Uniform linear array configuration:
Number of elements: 8
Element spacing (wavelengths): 0.5
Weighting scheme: cosine
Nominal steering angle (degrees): -45
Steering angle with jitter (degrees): -44.21
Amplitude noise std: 0.05
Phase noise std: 0.05

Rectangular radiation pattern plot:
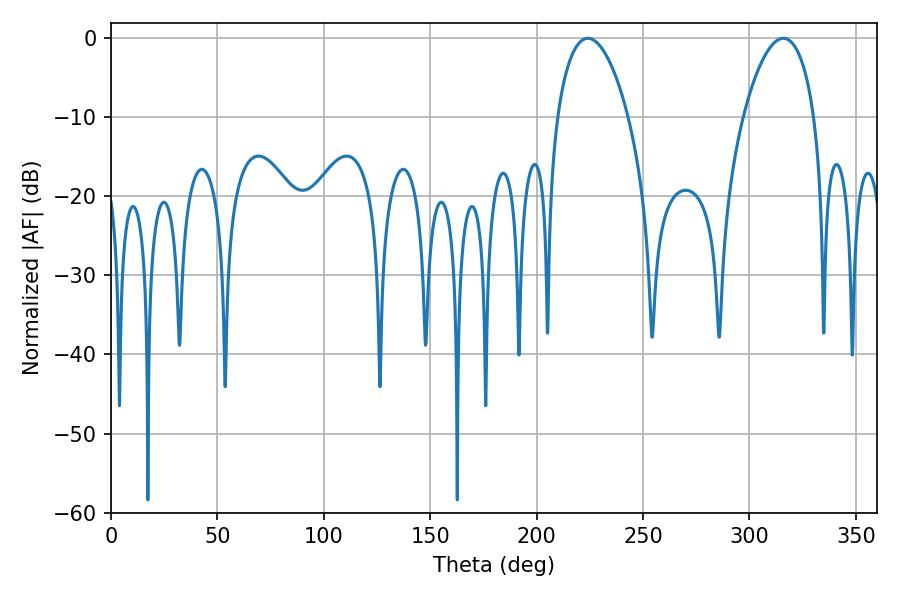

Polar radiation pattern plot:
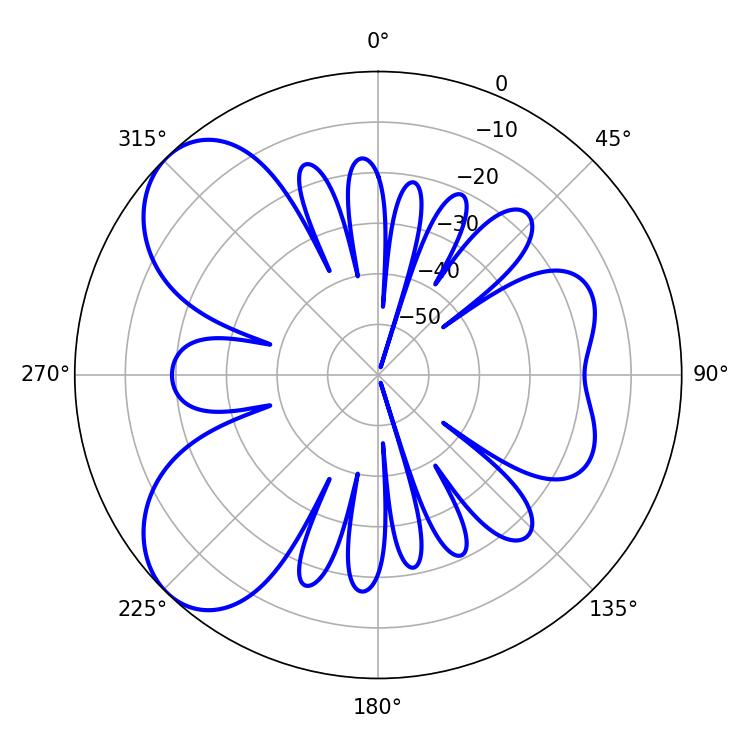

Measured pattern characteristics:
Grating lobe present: FALSE
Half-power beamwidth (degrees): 18.72
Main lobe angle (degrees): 224.1